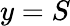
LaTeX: y=S